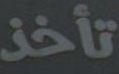
تأخذ